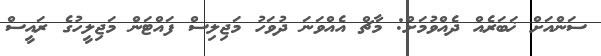
ސަންއަށް ޚަބަރެއް ދެއްވުމަށް: މާޗް އެއްވަނަ ދުވަހު މަޖިލިސް ފައްޓަން މަޖިލީހުގެ ރައީސް